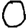
Digit: 0